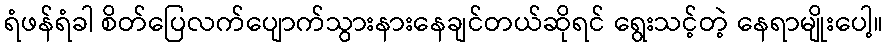
ရံဖန်ရံခါ စိတ်ပြေလက်ပျောက်သွားနားနေချင်တယ်ဆိုရင် ရွေးသင့်တဲ့ နေရာမျိုးပေါ့။